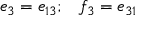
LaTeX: \begin{array} { l l } { { e _ { 3 } = e _ { 1 3 } ; } } & { { f _ { 3 } = e _ { 3 1 } } } \end{array}